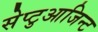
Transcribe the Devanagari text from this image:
सेप्टुआजिन्ट